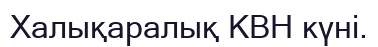
Халықаралық КВН күні.